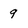
Character: 9